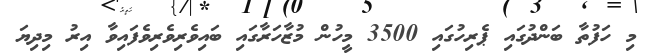
މި ހަފުތާ ބަންދުގައި ޕެރިހުގައި 3500 މީހުން މުޒާހަރާގައި ބައިވެރިވެރިވެފައިވާ އިރު މިދިޔަ